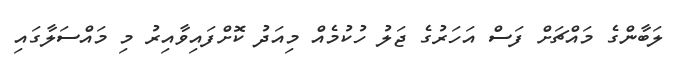
ލަބާންގެ މައްޗަށް ފަސް އަހަރުގެ ޖަލު ހުކުމެއް މިއަދު ކޮށްފައިވާއިރު މި މައްސަލާގައި